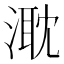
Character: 㴷